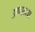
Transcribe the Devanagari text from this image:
अप्पय्या